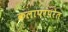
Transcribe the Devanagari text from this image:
कलापरंपरेत